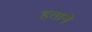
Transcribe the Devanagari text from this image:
हताने